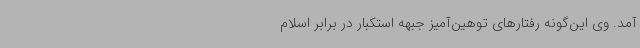
آمد. وی این‌گونه رفتارهای توهین‌آمیز جبهه استکبار در برابر اسلام